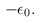
\begin{align*}-\epsilon_0.\end{align*}